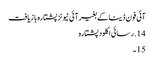
آئی فون ڈیٹا کے بغیر آئی ٹیونز پشتارہ بازیافت
14. رسائی اکلود پشتارہ
15 ۔